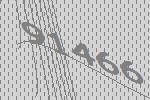
91466